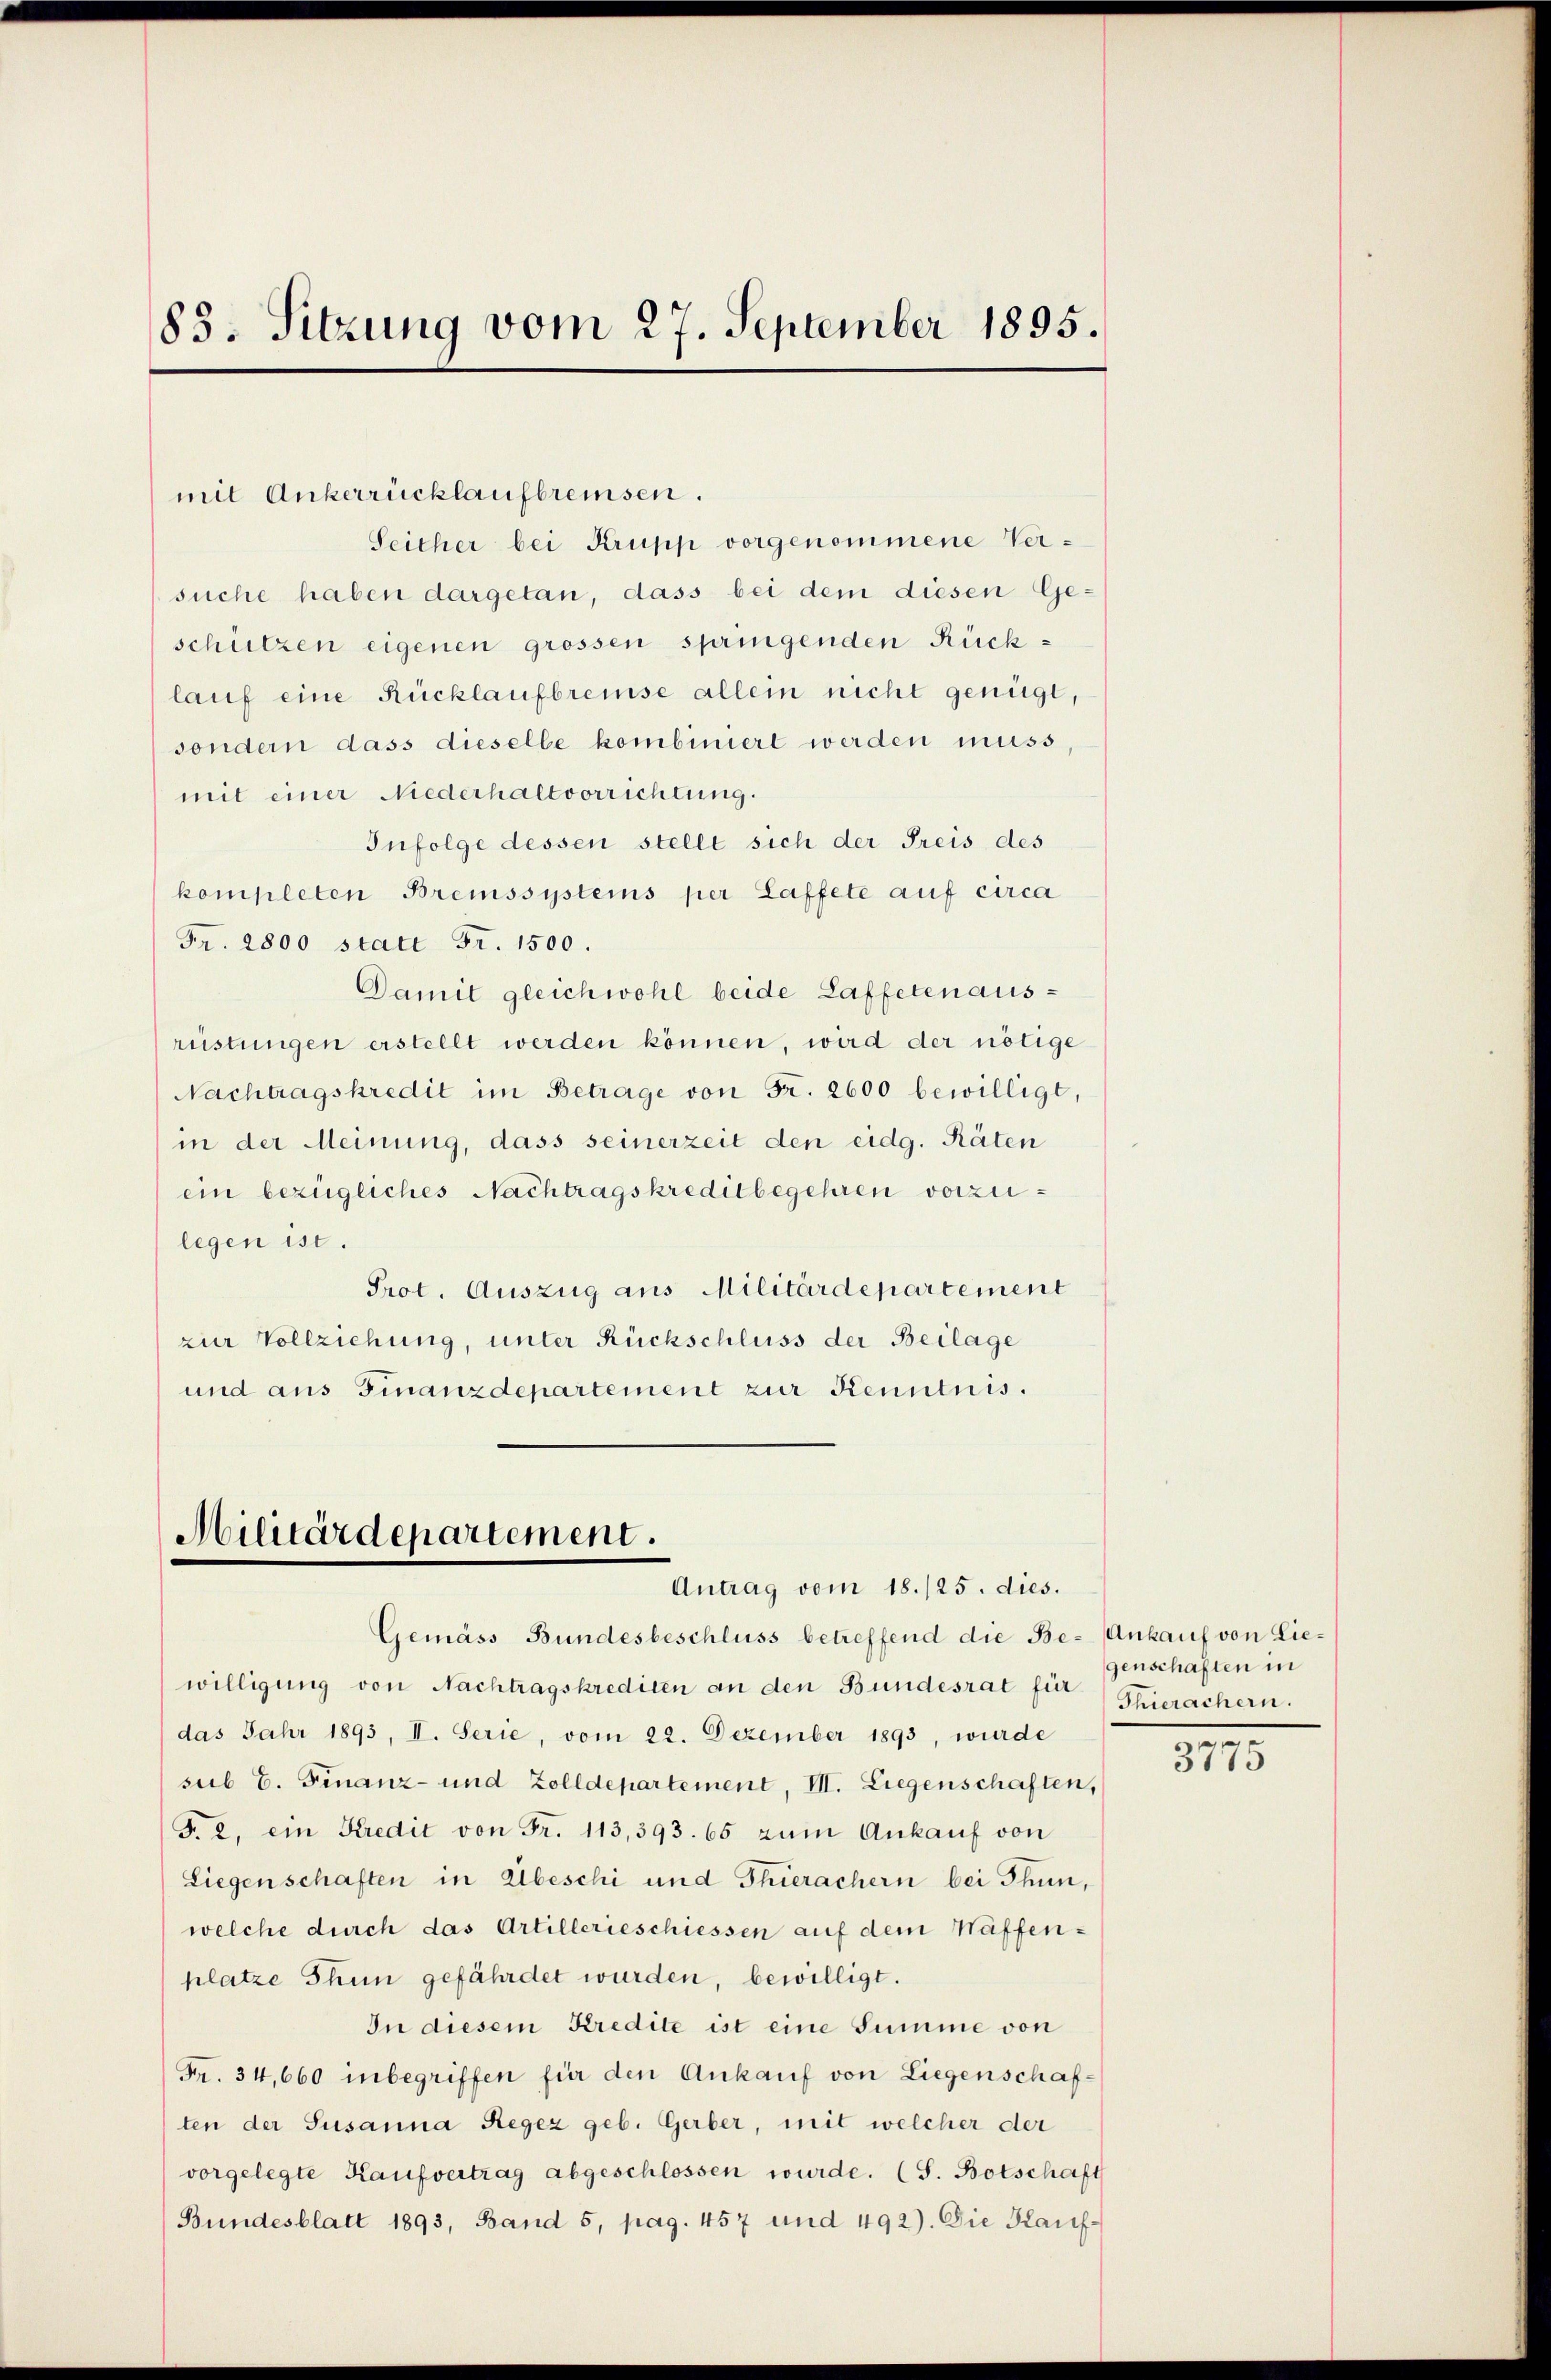
83. Sitzung vom 27. September 1895.

mit Ankerrücklaufbremsen.
Seicher bei Krüpp vorgenommene Versuche haben dargetan, dass bei dem diesen Geschützen eigenen grossen springenden Rücklauf eine Rücklaufbreise allein nicht genügt,
sondern dass dieselbe kombiniert werden muss
mit einer Niederhaltvorrichtung.
Infolge dessen stellt sich der Preis des
kompleten Bremssystems per Laffete auf circa
Fr. 2800 statt Fr. 1500.
Damit gleichwohl beide Laffeten ausrüstungen erstellt werden können, wird der nötige
Nachtragskredit im Betrage von Fr. 2600 bewilligt,
in der Meinung, dass seinerzeit den eidg. Räten
ein bezügliches Nachtragskreditbegehren vorzulegen ist.
Prot. Auszug aus Militärdepartement
zur Vollziehung, unter Rückschluss der Beilage
und aus Finanzdepartement zur Kenntnis.

Militärdepartement.
Antrag vom 18./25. dies.

Gemäss Bundesbeschluss betreffend die Be- Ankauf von Liewilligung von Nachtragskrediten an den Bundesrat für Stierachern.
das Jahr 1895, II. Serie, vom 22. Dezember 1893, wurde
sub 6. Finanz- und Zolldepartement, III. Liegenschaften,
T. 2, ein Kredit von Fr. 113, 393. 65 zum Ankauf von
Liegenschaften in Abeschi und Thierachern bei Thun,
welche durch das Artillerieschiessen auf dem Waffenplatze Thun gefährdet wurden, bewilligt.
In diesem Kredite ist eine Summe von
Fr. 34,660 inbegriffen für den Ankauf von Liegenschaften der Susanna Regez geb. Gerber, mit welcher der
vorgelegte Kaufvertrag abgeschlossen wurde. (S. Botschaft
Bundesblatt 1893, Band 5, pag. 457 und 492). Die Kauf-

genschaften in

3775